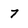
Character: 7